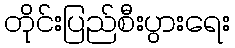
တိုင်းပြည်စီးပွားရေး